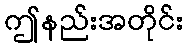
ဤနည်းအတိုင်း